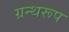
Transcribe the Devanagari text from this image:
ग्रन्थरूप